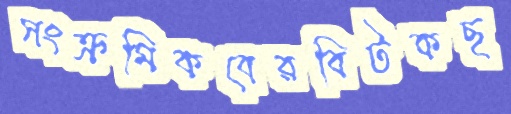
সংক্রমিকবেরবিটকছ